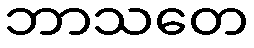
ဘာသတေ